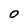
Character: 0